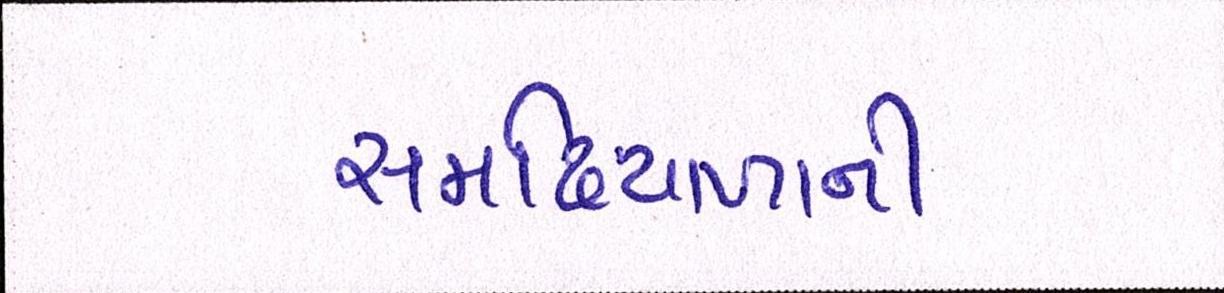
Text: સમઢિયાળાની